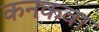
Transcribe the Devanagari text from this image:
कनकवा